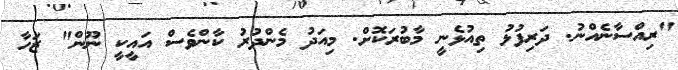
"ރިއްސާނެއްނު. ދަރިފުޅު ތިއުޅެނީ މާބުރަކޮށް. މިއަދު މެންދުރު ކާންވެސް އައީކީ ނޫން" ޒަހާ